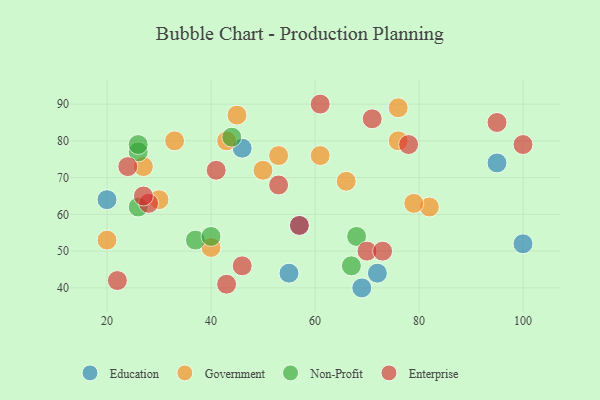
{"axis": {"x": "GDP", "y": "Life Expectancy"}, "legend": ["Education", "Enterprise", "Government", "Non-Profit"], "data": [{"x": "55", "y": 44, "type": "Education"}, {"x": "57", "y": 57, "type": "Education"}, {"x": "100", "y": 52, "type": "Education"}, {"x": "72", "y": 44, "type": "Education"}, {"x": "20", "y": 64, "type": "Education"}, {"x": "95", "y": 74, "type": "Education"}, {"x": "46", "y": 78, "type": "Education"}, {"x": "69", "y": 40, "type": "Education"}, {"x": "45", "y": 87, "type": "Government"}, {"x": "27", "y": 73, "type": "Government"}, {"x": "20", "y": 53, "type": "Government"}, {"x": "50", "y": 72, "type": "Government"}, {"x": "53", "y": 76, "type": "Government"}, {"x": "82", "y": 62, "type": "Government"}, {"x": "40", "y": 51, "type": "Government"}, {"x": "79", "y": 63, "type": "Government"}, {"x": "30", "y": 64, "type": "Government"}, {"x": "33", "y": 80, "type": "Government"}, {"x": "76", "y": 89, "type": "Government"}, {"x": "43", "y": 80, "type": "Government"}, {"x": "66", "y": 69, "type": "Government"}, {"x": "76", "y": 80, "type": "Government"}, {"x": "61", "y": 76, "type": "Government"}, {"x": "67", "y": 46, "type": "Non-Profit"}, {"x": "37", "y": 53, "type": "Non-Profit"}, {"x": "26", "y": 77, "type": "Non-Profit"}, {"x": "44", "y": 81, "type": "Non-Profit"}, {"x": "68", "y": 54, "type": "Non-Profit"}, {"x": "40", "y": 54, "type": "Non-Profit"}, {"x": "26", "y": 62, "type": "Non-Profit"}, {"x": "26", "y": 79, "type": "Non-Profit"}, {"x": "28", "y": 63, "type": "Enterprise"}, {"x": "41", "y": 72, "type": "Enterprise"}, {"x": "61", "y": 90, "type": "Enterprise"}, {"x": "27", "y": 65, "type": "Enterprise"}, {"x": "70", "y": 50, "type": "Enterprise"}, {"x": "95", "y": 85, "type": "Enterprise"}, {"x": "24", "y": 73, "type": "Enterprise"}, {"x": "43", "y": 41, "type": "Enterprise"}, {"x": "46", "y": 46, "type": "Enterprise"}, {"x": "78", "y": 79, "type": "Enterprise"}, {"x": "100", "y": 79, "type": "Enterprise"}, {"x": "71", "y": 86, "type": "Enterprise"}, {"x": "73", "y": 50, "type": "Enterprise"}, {"x": "53", "y": 68, "type": "Enterprise"}, {"x": "57", "y": 57, "type": "Enterprise"}, {"x": "22", "y": 42, "type": "Enterprise"}]}